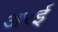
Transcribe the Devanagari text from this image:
अरई